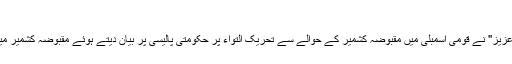
02 اگست 2016 - 12:19
تنسنیم خبر رساں ادارے نے پاکستانی ذرائع سے نقل کیا ہے کہ مشیر خارجہ ''سرتاج عزیز'' نے قومی اسمبلی میں مقبوضہ کشمیر کے حوالے سے تحریک التواء پر حکومتی پالیسی پر بیان دیتے ہوئے مقبوضہ کشمیر میں بھارتی مظالم کو بین الاقوامی اور انسانی حقوق کی کھلم کھلا خلاف ورزی قرار دیا۔